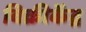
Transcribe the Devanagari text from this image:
विक्रीकेंद्र